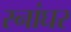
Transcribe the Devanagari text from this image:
स्नांघर